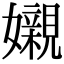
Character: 𡤅